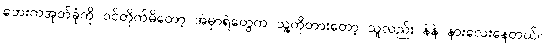
ဘေးကအုတ်ခုံကို ဝင်တိုက်မိတော့ အဲမှာရဲတွေက သူ့ကိုတားတော့ သူလည်း နဲနဲ နားလေးနေတယ်။